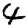
Digit: 4